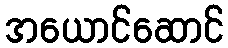
အယောင်ဆောင်